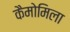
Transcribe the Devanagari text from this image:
कैमोमिला